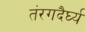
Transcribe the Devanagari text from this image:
तंरगदैर्घ्य